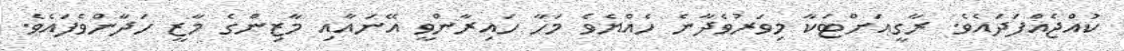
ކުއްޖެއްފަދައެވެ. ރާގީއަށްޓަކާ މިވަރުވެދާނެ ހެއްޔެވެ މަހާ ހައިރާންވީ އޭނައާއި މާޒިންގެ މާޒީ ހަދާންވެފައެވެ.